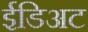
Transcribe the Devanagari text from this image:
ईडिअट